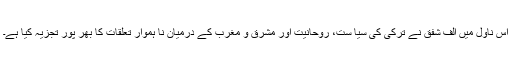
اس ناول میں الف شفق نے ترکی کی سیا ست، روحانیت اور مشرق و مغرب کے درمیان نا ہموار تعلقات کا بھر پور تجزیہ کیا ہے۔